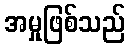
အမှုဖြစ်သည်